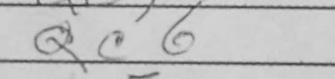
Transcription: Qc6